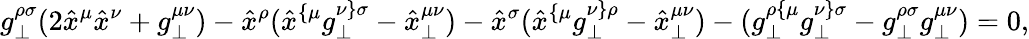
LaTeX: g_{\perp}^{\rho\sigma}(2\hat{x}^{\mu}\hat{x}^{\nu}+g_{\perp}^{\mu\nu})-\hat{x}^{\rho}(\hat{x}^{\{ \mu}g_{\perp}^{\nu\} \sigma}-\hat{x}_{\perp}^{\mu\nu})-\hat{x}^{\sigma}(\hat{x}^{\{ \mu}g_{\perp}^{\nu\} \rho}-\hat{x}_{\perp}^{\mu\nu})-(g_{\perp}^{\rho\{ \mu}g_{\perp}^{\nu\} \sigma}-g_{\perp}^{\rho\sigma}g_{\perp}^{\mu\nu})=0,